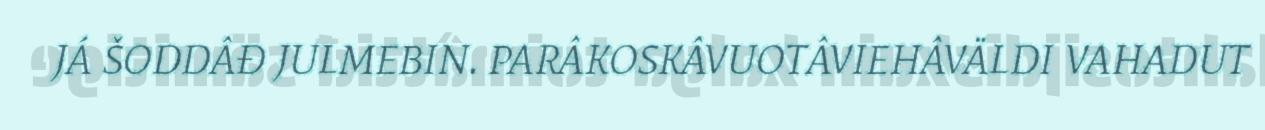
JÁ ŠODDÂĐ JULMEBIN. PARÂKOSKÂVUOTÂVIEHÂVÄLDI VAHADUT